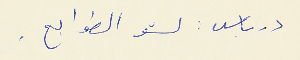
درباس : لشو الطوابع .